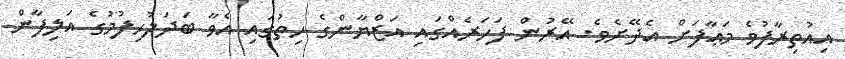
އިއުތިރާފުވެ މަޢާފަށް އެދޭށެވެ. އޭރުން ފަހަރެއްގައި އަޒްޔާންގެ ހިތުގައި އެވާ ބަދަލުހިފުމުގެ އަލިފާން